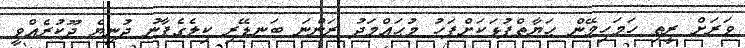
ވަރަށް ރީތި ހަމަހިމޭން ޙަޔާތްޕުޅަކަށްފަހު މުޙައްމަދު ރަންނަ ބަނޑޭރި ކިލެގެފާނު ދުނިޔެ ދޫކުރެއްވީ